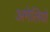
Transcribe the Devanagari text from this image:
अमेलियो